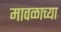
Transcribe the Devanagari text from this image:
मावळाच्या